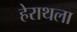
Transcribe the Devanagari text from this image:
हेराथला